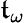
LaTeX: \mathfrak{t}_{\omega}